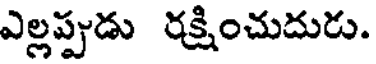
ఎల్లప్పుడు రక్షించుదురు.